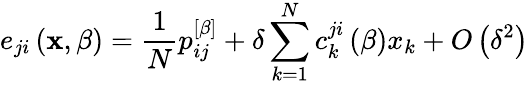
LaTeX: e_{ji}\left(\mathbf{x},\beta\right)=\frac{1}{N}p_{ij}^{\left[\beta\right]}+\delta\sum_{k=1}^{N}c_{k}^{ji}\left(\beta\right)x_{k}+O\left(\delta^{2}\right)